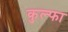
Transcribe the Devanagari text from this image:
कुल्‍फा